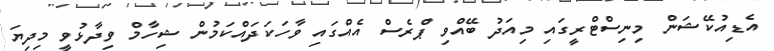
އެޑިއުކޭޝަން މިނިސްޓްރީގައި މިއަދު ބޭއްވި ޕްރެސް އެއްގައި ވާހަކަދައްކަމުން ޝިހާމް ވިދާޅުވީ މިދިޔަ